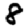
Digit: 8